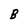
Character: B